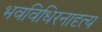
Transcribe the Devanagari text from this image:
भवविधिरनादृत्य